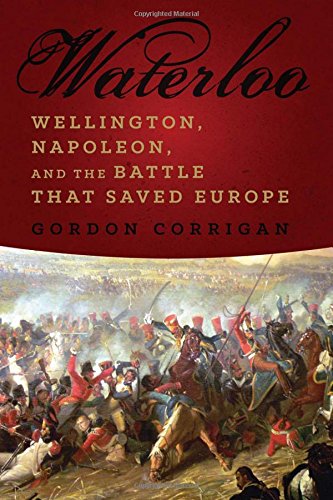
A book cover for Waterloo: A New History; Gordon Corrigan; History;